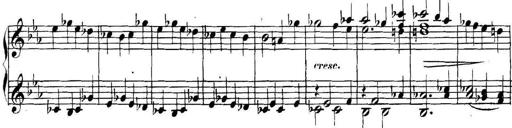
Title: Collected Piano Sonatas
Composer: Muzio Clementi